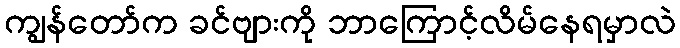
ကျွန်တော်က ခင်ဗျားကို ဘာကြောင့်လိမ်နေရမှာလဲ